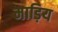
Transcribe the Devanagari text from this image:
माड़िय